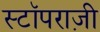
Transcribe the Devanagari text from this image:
स्टॉपराज़ी